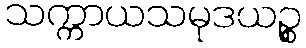
သက္ကာယသမုဒယဉ္စ